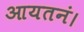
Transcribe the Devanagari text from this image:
आयतनं।